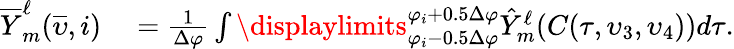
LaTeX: \begin{array}{rl}{\overline{{Y}}_{m}^{\ell}(\overline{{\upsilon}},i)}&{{}=\frac{1}{\Delta\varphi}\int\displaylimits_{\varphi_{i}-0.5\Delta\varphi}^{\varphi_{i}+0.5\Delta\varphi}\hat{Y}_{m}^{\ell}(C(\tau,\upsilon_{3},\upsilon_{4}))d\tau.}\end{array}